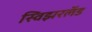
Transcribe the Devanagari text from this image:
स्विझरलॅड